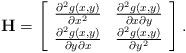
LaTeX: \begin{align*}\mathbf{H}=\left[\begin{array}{cc}\frac{\partial^2{g(x,y)}}{\partial{x^2}}&\frac{\partial^2{g(x,y)}}{\partial{x}\partial{y}}\\\frac{\partial^2{g(x,y)}}{\partial{y}\partial{x}}&\frac{\partial^2{g(x,y)}}{\partial{y^2}}\end{array}\right]. \end{align*}